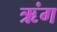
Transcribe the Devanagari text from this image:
ऋंग